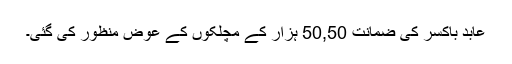
عابد باکسر کی ضمانت 50,50 ہزار کے مچلکوں کے عوض منظور کی گئی۔